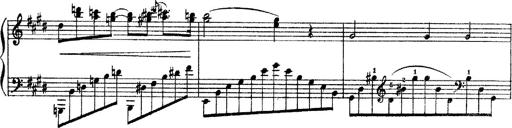
Title: 3 sonetti di Petrarca
Composer: Franz Liszt